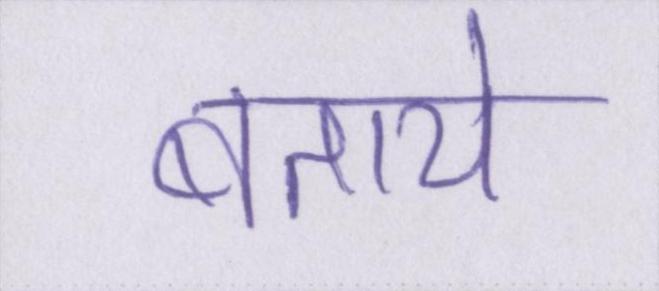
बताये